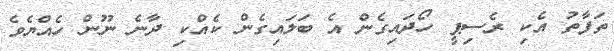
ތަފާތު އެކި ރެސިޕީ ހޯދައިގެން އެ ބަލައިގެން ކެއްކި ދާނެ ނޫން ހެއްޔެވެ